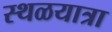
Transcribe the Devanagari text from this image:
स्थळयात्रा